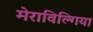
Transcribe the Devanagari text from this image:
मेराविल्गिया